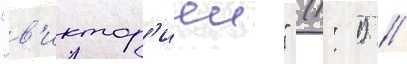
"в'иктор'иеи" (1: 1) //